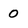
Character: 0